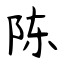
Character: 陈